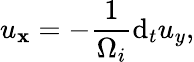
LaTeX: u_{\mathbf{x}}=-\frac{{1}}{{\Omega_{i}}}\mathrm{{d}}_{t}u_{y},